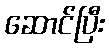
ဆောင်ပြီး